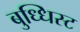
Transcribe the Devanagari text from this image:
बुध्धिस्ट